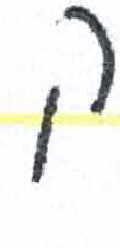
אות: ק